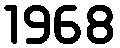
1968